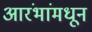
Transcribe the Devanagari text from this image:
आरंभांमधून